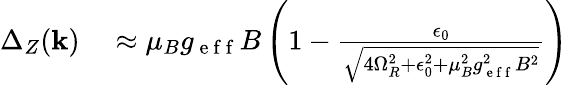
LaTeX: \begin{array}{rl}{\Delta_{Z}(\mathbf{k})}&{{}\approx\mu_{B}g_{\mathrm{~e~f~f~}}B\left(1-\frac{\epsilon_{0}}{\sqrt{4\Omega_{R}^{2}+\epsilon_{0}^{2}+\mu_{B}^{2}g_{\mathrm{~e~f~f~}}^{2}B^{2}}}\right)}\end{array}